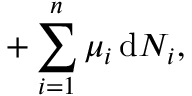
+ \sum _ { i = 1 } ^ { n } \mu _ { i } \, \mathrm { d } N _ { i } ,